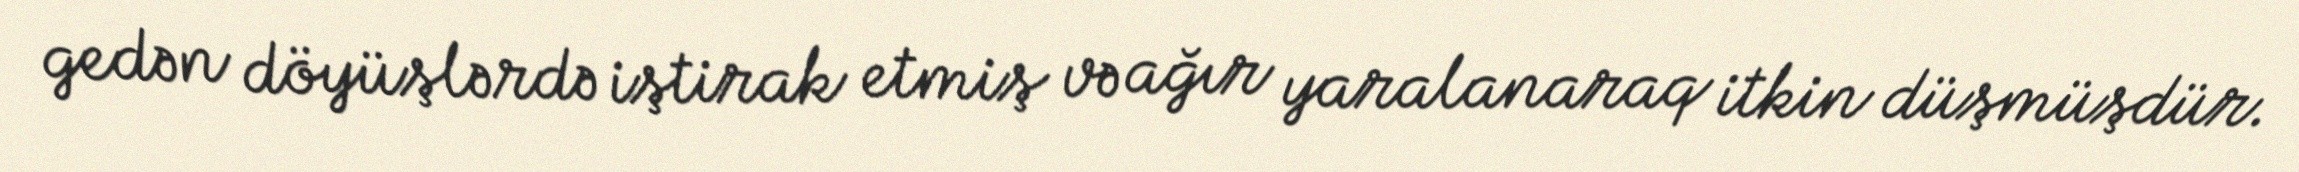
gedən döyüşlərdə iştirak etmiş və ağır yaralanaraq itkin düşmüşdür.